Annual report of the Punjab Veterinary College and of the Civil Veterinary Department, Punjab - 1920-1925
Year: 1920
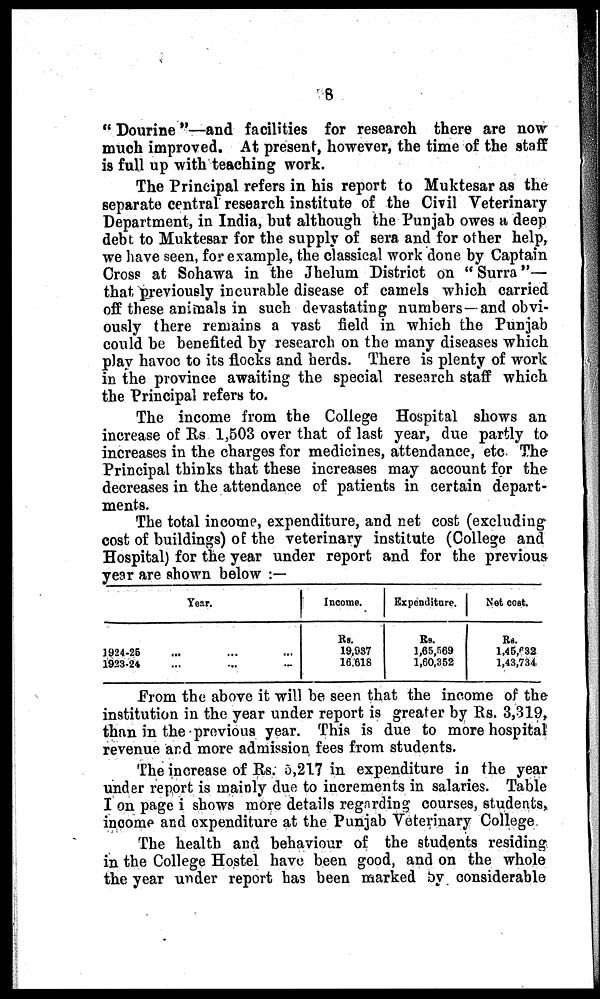
8
"Dourine"—and facilities for research there are now
much improved. At present, however, the time of the staff
is full up with teaching work.
The Principal refers in his report to Muktesar as the
separate central research institute of the Civil Veterinary
Department, in India, but although the Punjab owes a deep
debt to Muktesar for the supply of sera and for other help,
we have seen, for example, the classical work done by Captain
Cross at Sohawa in the Jhelum District on "Surra"—
that previously incurable disease of camels which carried
off these animals in such devastating numbers—and obvi-
ously there remains a vast field in which the Punjab
could be benefited by research on the many diseases which
play havoc to its flocks and herds. There is plenty of work
in the province awaiting the special research staff which
the Principal refers to.
The income from the College Hospital shows an
increase of Rs 1,503 over that of last year, due partly to
increases in the charges for medicines, attendance, etc The
Principal thinks that these increases may account for the
decreases in the attendance of patients in certain depart-
ments.
The total income, expenditure, and net cost (excluding
cost of buildings) of the veterinary institute (College and
Hospital) for the year under report and for the previous
year are shown below:—
1924-25
1923-24
Year.
...
...
...
...
...
...
Income.
Rs.
19,937
16.818
Expenditure.
Rs.
1,65,569
1,60,352
Net cost.
Rs ...
1,45,632 1,43,734
From the above it will be seen that the income of the
institution in the year under report is greater by Rs. 3,319,
than in the previous year. This is due to more hospital
revenue and more admission fees from students.
The increase of Rs. 5,217 in expenditure in the year
under report is mainly due to increments in salaries. Table
I on page i shows more details regarding courses, students,
income and expenditure at the Punjab Veterinary College
The health and behaviour of the students residing
in the College Hostel have been good, and on the whole
the year under report has been marked by considerable